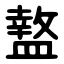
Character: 盩